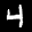
Label: 4